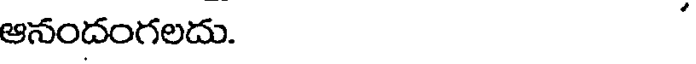
ఆనందంగలదు.